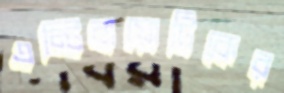
এন্টিবায়োটিকের